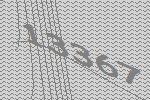
13367